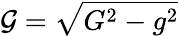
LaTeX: \mathcal{G}=\sqrt{G^{2}-g^{2}}